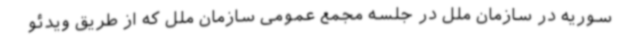
سوریه در سازمان ملل در جلسه مجمع عمومی سازمان ملل که از طریق ویدئو